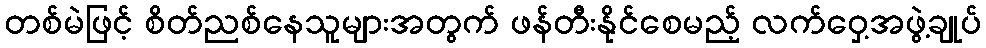
တစ်မဲဖြင့် စိတ်ညစ်နေသူများအတွက် ဖန်တီးနိုင်စေမည့် လက်ဝှေ့အဖွဲ့ချုပ်